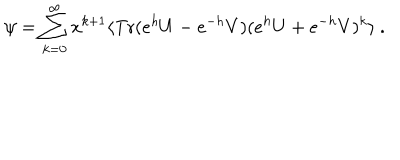
LaTeX: \psi = \sum _ { k = 0 } ^ { \infty } x ^ { k + 1 } \langle \mathrm { T r } ( e ^ { h } U - e ^ { - h } V ) ( e ^ { h } U + e ^ { - h } V ) ^ { k } \rangle \ .